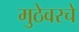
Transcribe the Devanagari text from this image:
मुठेवरचे